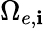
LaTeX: \Omega_{e,\mathbf{i}}